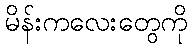
မိန်းကလေးတွေကို